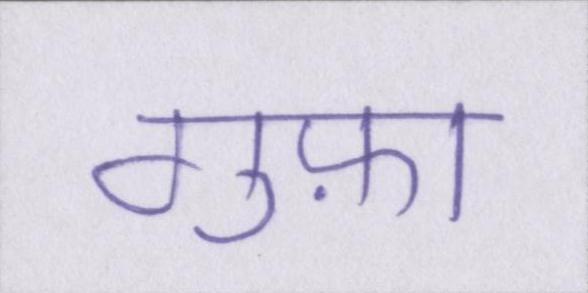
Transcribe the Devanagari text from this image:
गुफ़ा